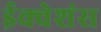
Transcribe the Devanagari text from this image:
ईक्वेशंस